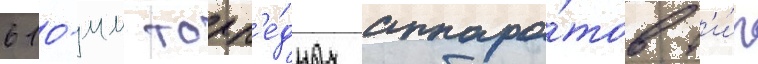
610-мм торп'е́дных аппара́тов т'и́п